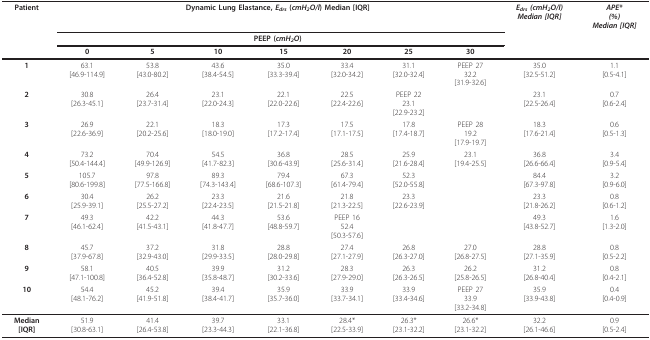
<table><thead><tr><td><b>Patient</b></td><td colspan="7"><b>Dynamic Lung Elastance, <i>E<sub>drs </sub></i>(<i>cmH<sub>2</sub>O/l</i>) Median [IQR]</b></td><td><b><i>E<sub>drs </sub>(cmH<sub>2</sub>O/l)</i><i>Median [IQR]</i></b></td><td><b><i>APE*</i><i>(%)</i><i>Median [IQR]</i></b></td></tr><tr><td></td><td colspan="7"><b>PEEP (<i>cmH<sub>2</sub>O</i>)</b></td><td></td><td></td></tr><tr><td></td><td><b>0</b></td><td><b>5</b></td><td><b>10</b></td><td><b>15</b></td><td><b>20</b></td><td><b>25</b></td><td><b>30</b></td><td></td><td></td></tr></thead><tbody><tr><td><b>1</b></td><td>63.1[46.9-114.9]</td><td>53.8[43.0-80.2]</td><td>43.6[38.4-54.5]</td><td>35.0[33.3-39.4]</td><td>33.4[32.0-34.2]</td><td>31.1[32.0-32.4]</td><td>PEEP 2732.2[31.9-32.6]</td><td>35.0[32.5-51.2]</td><td>1.1[0.5-4.1]</td></tr><tr><td><b>2</b></td><td>30.8[26.3-45.1]</td><td>26.4[23.7-31.4]</td><td>23.1[22.0-24.3]</td><td>22.1[22.0-22.6]</td><td>22.5[22.4-22.6]</td><td>PEEP 2223.1[22.9-23.2]</td><td></td><td>23.1[22.5-26.4]</td><td>0.7[0.6-2.4]</td></tr><tr><td><b>3</b></td><td>26.9[22.6-36.9]</td><td>22.1[20.2-25.6]</td><td>18.3[18.0-19.0]</td><td>17.3[17.2-17.4]</td><td>17.5[17.1-17.5]</td><td>17.8[17.4-18.7]</td><td>PEEP 2819.2[17.9-19.7]</td><td>18.3[17.6-21.4]</td><td>0.6[0.5-1.3]</td></tr><tr><td><b>4</b></td><td>73.2[50.4-144.4]</td><td>70.4[49.9-126.9]</td><td>54.5[41.7-82.3]</td><td>36.8[30.6-43.9]</td><td>28.5[25.6-31.4]</td><td>25.9[21.6-28.4]</td><td>23.1[19.4-25.5]</td><td>36.8[26.6-66.4]</td><td>3.4[0.9-5.4]</td></tr><tr><td><b>5</b></td><td>105.7[80.6-199.8]</td><td>97.8[77.5-166.8]</td><td>89.3[74.3-143.4]</td><td>79.4[68.6-107.3]</td><td>67.3[61.4-79.4]</td><td>52.3[52.0-55.8]</td><td></td><td>84.4[67.3-97.8]</td><td>3.2[0.9-6.0]</td></tr><tr><td><b>6</b></td><td>30.4[25.9-39.1]</td><td>26.2[25.5-27.2]</td><td>23.3[22.4-23.5]</td><td>21.6[21.5-21.8]</td><td>21.8[21.3-22.5]</td><td>23.3[22.6-23.9]</td><td></td><td>23.3[21.8-26.2]</td><td>0.8[0.6-1.2]</td></tr><tr><td><b>7</b></td><td>49.3[46.1-62.4]</td><td>42.2[41.5-43.1]</td><td>44.3[41.8-47.7]</td><td>53.6[48.8-59.7]</td><td>PEEP 1652.4[50.3-57.6]</td><td></td><td></td><td>49.3[43.8-52.7]</td><td>1.6[1.3-2.0]</td></tr><tr><td><b>8</b></td><td>45.7[37.9-67.8]</td><td>37.2[32.9-43.0]</td><td>31.8[29.9-33.5]</td><td>28.8[28.0-29.8]</td><td>27.4[27.1-27.9]</td><td>26.8[26.3-27.0]</td><td>27.0[26.8-27.5]</td><td>28.8[27.1-35.9]</td><td>0.8[0.5-2.2]</td></tr><tr><td><b>9</b></td><td>58.1[47.1-100.8]</td><td>40.5[36.4-52.8]</td><td>39.9[35.8-48.7]</td><td>31.2[30.2-33.6]</td><td>28.3[27.9-29.0]</td><td>26.3[26.3-26.5]</td><td>26.2[25.8-26.5]</td><td>31.2[26.8-40.4]</td><td>0.8[0.4-2.1]</td></tr><tr><td><b>10</b></td><td>54.4[48.1-76.2]</td><td>45.2[41.9-51.8]</td><td>39.4[38.4-41.7]</td><td>35.9[35.7-36.0]</td><td>33.9[33.7-34.1]</td><td>33.9[33.4-34.6]</td><td>PEEP 2733.9[33.2-34.8]</td><td>35.9[33.9-43.8]</td><td>0.4[0.4-0.9]</td></tr><tr><td><b>Median</b><b>[IQR]</b></td><td>51.9[30.8-63.1]</td><td>41.4[26.4-53.8]</td><td>39.7[23.3-44.3]</td><td>33.1[22.1-36.8]</td><td>28.4*[22.5-33.9]</td><td>26.3*[23.1-32.2]</td><td>26.6*[23.1-32.2]</td><td>32.2[26.1-46.6]</td><td>0.9[0.5-2.4]</td></tr></tbody></table>